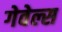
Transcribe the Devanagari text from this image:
गेवेल्स